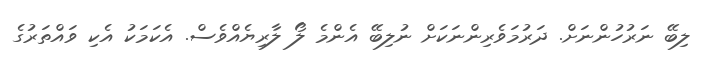
ލިބޭ ނަރުހުންނަށް. ދަރުމަވެރިންނަކަށް ނުލިބޭ އެންމެ ލޯ ލާރިޔެއްވެސް. އެކަމަކު އެކި ވައްތަރުގެ